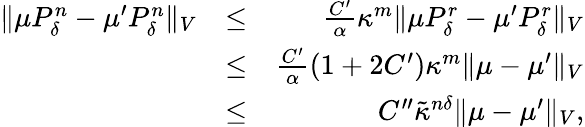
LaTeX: \begin{array}{rlr}{\| \mu P_{\delta}^{n}-\mu^{\prime}P_{\delta}^{n}\| _{V}}&{\leq}&{\frac{C^{\prime}}{\alpha}\kappa^{m}\| \mu P_{\delta}^{r}-\mu^{\prime}P_{\delta}^{r}\| _{V}}\\ &{\leq}&{\frac{C^{\prime}}{\alpha}\left(1+2C^{\prime}\right)\kappa^{m}\| \mu-\mu^{\prime}\| _{V}}\\ &{\leq}&{C^{\prime\prime}\tilde{\kappa}^{n\delta}\| \mu-\mu^{\prime}\| _{V},}\end{array}